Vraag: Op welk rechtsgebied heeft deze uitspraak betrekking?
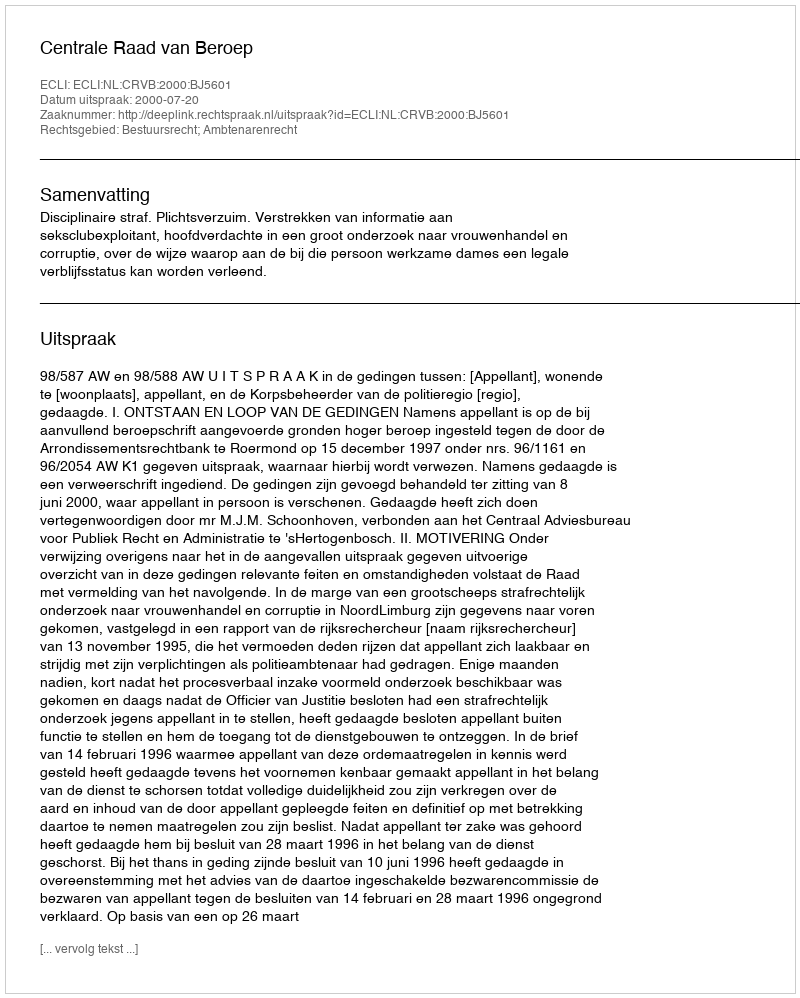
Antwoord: Bestuursrecht; Ambtenarenrecht